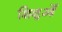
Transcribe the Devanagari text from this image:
शिशुओँ